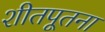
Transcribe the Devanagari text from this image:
शीतपूतना